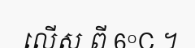
លើស ពី 6°C ។